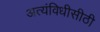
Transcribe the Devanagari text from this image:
अत्यंविधीसीठी